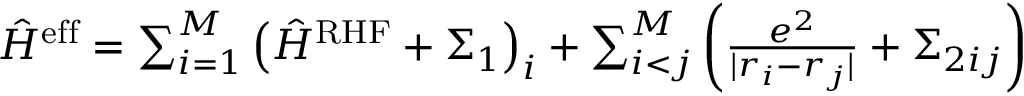
\begin{array} { r } { \hat { H } ^ { \mathrm { e f f } } = \sum _ { i = 1 } ^ { M } \left( \hat { H } ^ { \mathrm { R H F } } + \Sigma _ { 1 } \right) _ { i } + \sum _ { i < j } ^ { M } \left( \frac { e ^ { 2 } } { | r _ { i } - r _ { j } | } + \Sigma _ { 2 i j } \right) } \end{array}